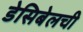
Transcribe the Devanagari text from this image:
डेसिबेलची